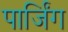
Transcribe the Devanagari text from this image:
पार्जिंग